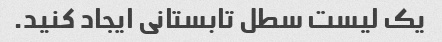
یک لیست سطل تابستانی ایجاد کنید.